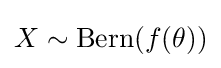
X\sim \operatorname {Bern} (f(\theta ))